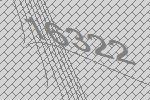
16322